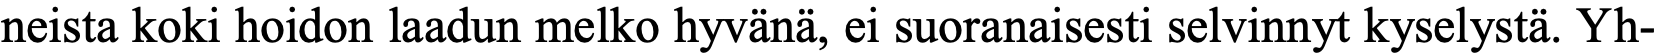
neista koki hoidon laadun melko hyvänä, ei suoranaisesti selvinnyt kyselystä. Yh-